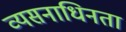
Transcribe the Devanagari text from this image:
व्यसनाधिनता